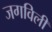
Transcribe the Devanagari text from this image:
जगविली